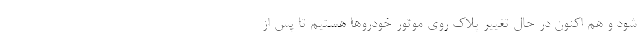
شود و هم اکنون در حال تغییر پلاک روی موتور خودروها هستیم تا پس از